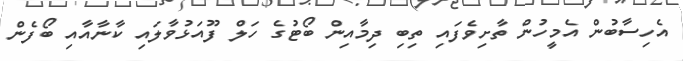
އެހިސާބުން އެމީހުން ތާށިވެފައި ތިބި ދިމާއިން ބޯޓުގެ ހަލް ފޫއަޅުވާލައި ކާނާއާއި ބޯފެން